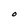
Character: O